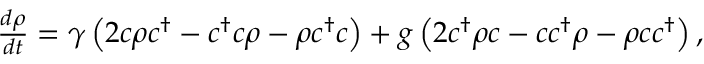
\begin{array} { r } { \frac { d \rho } { d t } = \gamma \left( 2 c \rho c ^ { \dagger } - c ^ { \dagger } c \rho - \rho c ^ { \dagger } c \right) + g \left( 2 c ^ { \dagger } \rho c - c c ^ { \dagger } \rho - \rho c c ^ { \dagger } \right) , } \end{array}